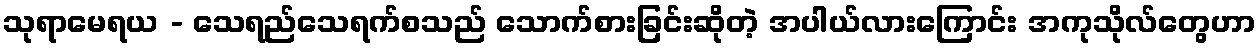
သုရာမေရယ - သေရည်သေရက်စသည် သောက်စားခြင်းဆိုတဲ့ အပါယ်လားကြောင်း အကုသိုလ်တွေဟာ